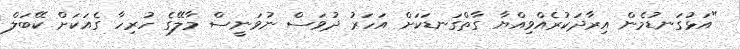
"އަޅުގަނޑުމެން އިރާދަކުރެއްވިއްޔާ ގާތްގަނޑަކަށް އަހަރު ދުވަސް ނުވަނީސް މާލޭގެ ހުރިހާ ގެއަކަށް ކޭބަލް